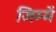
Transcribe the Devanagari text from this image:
जिम्में